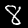
Label: 8